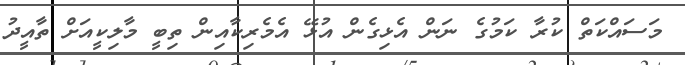
މަސައްކަތް ކުރާ ކަމުގެ ނަން އެޅިގެން އުޅޭ އެމެރިކާއިން ތިބީ މާލިކީއަށް ތާއީދު